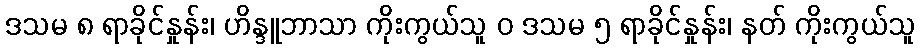
ဒသမ ၈ ရာခိုင်နှုန်း၊ ဟိန္ဒူဘာသာ ကိုးကွယ်သူ ဝ ဒသမ ၅ ရာခိုင်နှုန်း၊ နတ် ကိုးကွယ်သူ